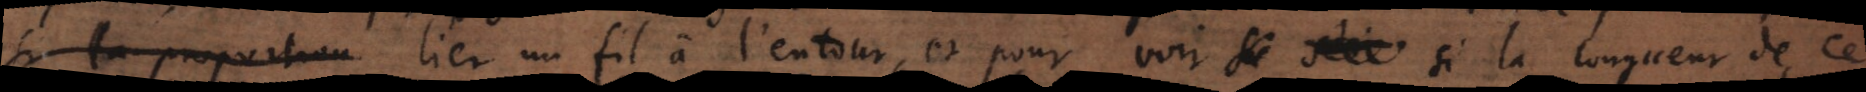
si la proportion lier un fil à l’entour, et pour voir si la longueur de ce